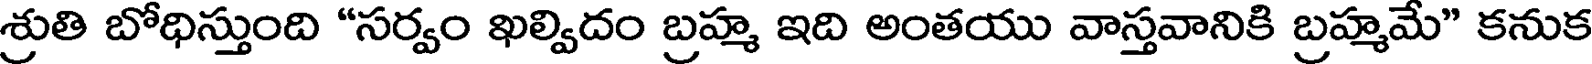
శ్రుతి బోధిస్తుంది "సర్వం ఖల్విదం బ్రహ్మ ఇది అంతయు వాస్తవానికి బ్రహ్మమే" కనుక